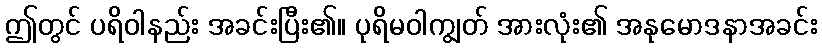
ဤတွင် ပရိဝါနည်း အခင်းပြီး၏။ ပုရိမဝါကျွတ် အားလုံး၏ အနုမောဒနာအခင်း